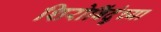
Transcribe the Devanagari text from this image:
शिरोबिंदुंच्या